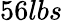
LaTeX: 56lbs